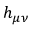
h _ { \mu \nu }